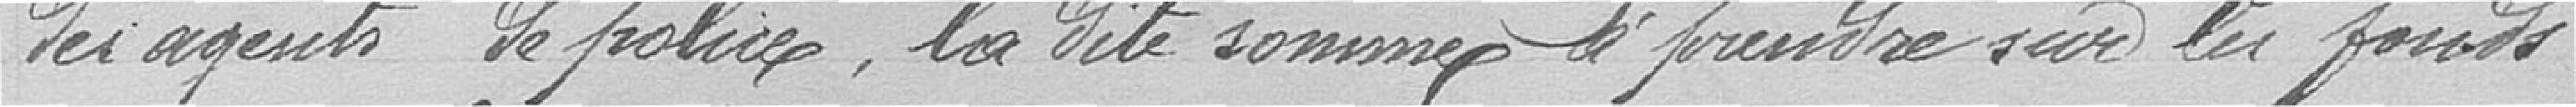
des agents de police, la dite somme à prendre sur les fonds